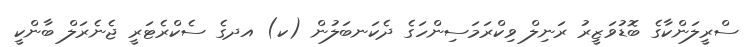
ސްރީލަންކާގެ ބޮޑުވަޒީރު ރަނިލް ވިކްރަމަސިންހަގެ ދެކަނބަލުން (ކ) އދގެ ސެކްރެޓަރީ ޖެނެރަލް ބާންކީ